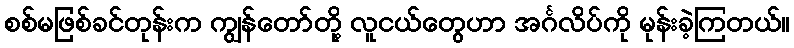
စစ်မဖြစ်ခင်တုန်းက ကျွန်တော်တို့ လူငယ်တွေဟာ အင်္ဂလိပ်ကို မုန်းခဲ့ကြတယ်။